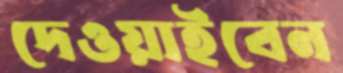
দেওয়াইবেন